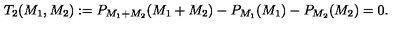
T _ { 2 } ( M _ { 1 } , M _ { 2 } ) : = P _ { M _ { 1 } + M _ { 2 } } ( M _ { 1 } + M _ { 2 } ) - P _ { M _ { 1 } } ( M _ { 1 } ) - P _ { M _ { 2 } } ( M _ { 2 } ) = 0 .